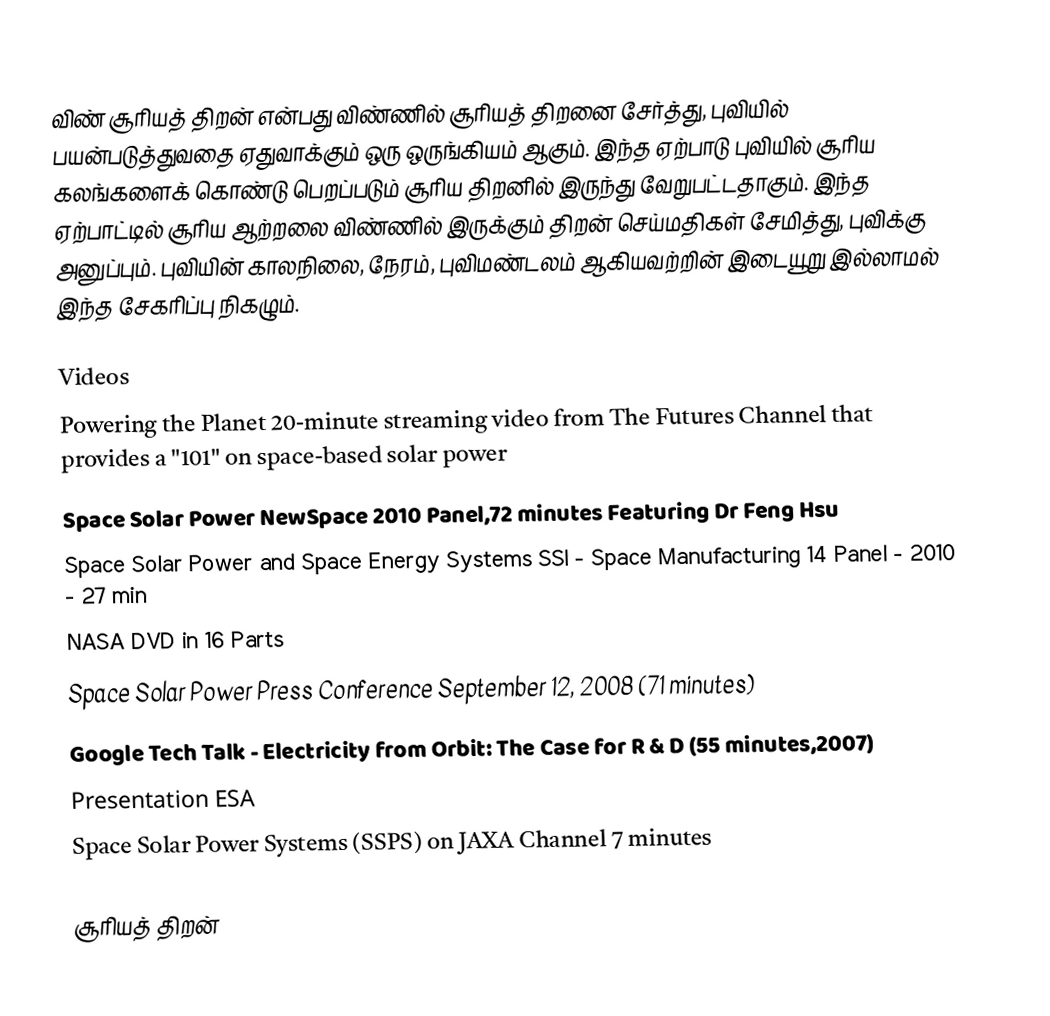
விண் சூரியத் திறன் என்பது விண்ணில் சூரியத் திறனை சேர்த்து, புவியில் பயன்படுத்துவதை ஏதுவாக்கும் ஒரு ஒருங்கியம் ஆகும்.  இந்த ஏற்பாடு புவியில் சூரிய கலங்களைக் கொண்டு பெறப்படும் சூரிய திறனில் இருந்து வேறுபட்டதாகும்.  இந்த ஏற்பாட்டில் சூரிய ஆற்றலை விண்ணில் இருக்கும் திறன் செய்மதிகள் சேமித்து, புவிக்கு அனுப்பும். புவியின் காலநிலை, நேரம், புவிமண்டலம் ஆகியவற்றின் இடையூறு இல்லாமல் இந்த சேகரிப்பு நிகழும்.

Videos
 Powering the Planet  20-minute streaming video from The Futures Channel that provides a "101" on space-based solar power
 Space Solar Power NewSpace 2010 Panel,72 minutes Featuring Dr Feng Hsu
 Space Solar Power and Space Energy Systems SSI - Space Manufacturing 14 Panel - 2010 - 27 min
 NASA DVD in 16 Parts
 Space Solar Power Press Conference September 12, 2008 (71 minutes)
 Google Tech Talk - Electricity from Orbit: The Case for R & D (55 minutes,2007)
 Presentation ESA
 Space Solar Power Systems (SSPS) on JAXA Channel 7 minutes

சூரியத் திறன்